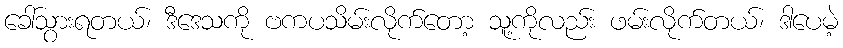
ခေါ်သွားရတယ်၊ ဒီဒေသကို ဗကပသိမ်းလိုက်တော့ သူ့ကိုလည်း ဖမ်းလိုက်တယ်၊ ဒါပေမဲ့